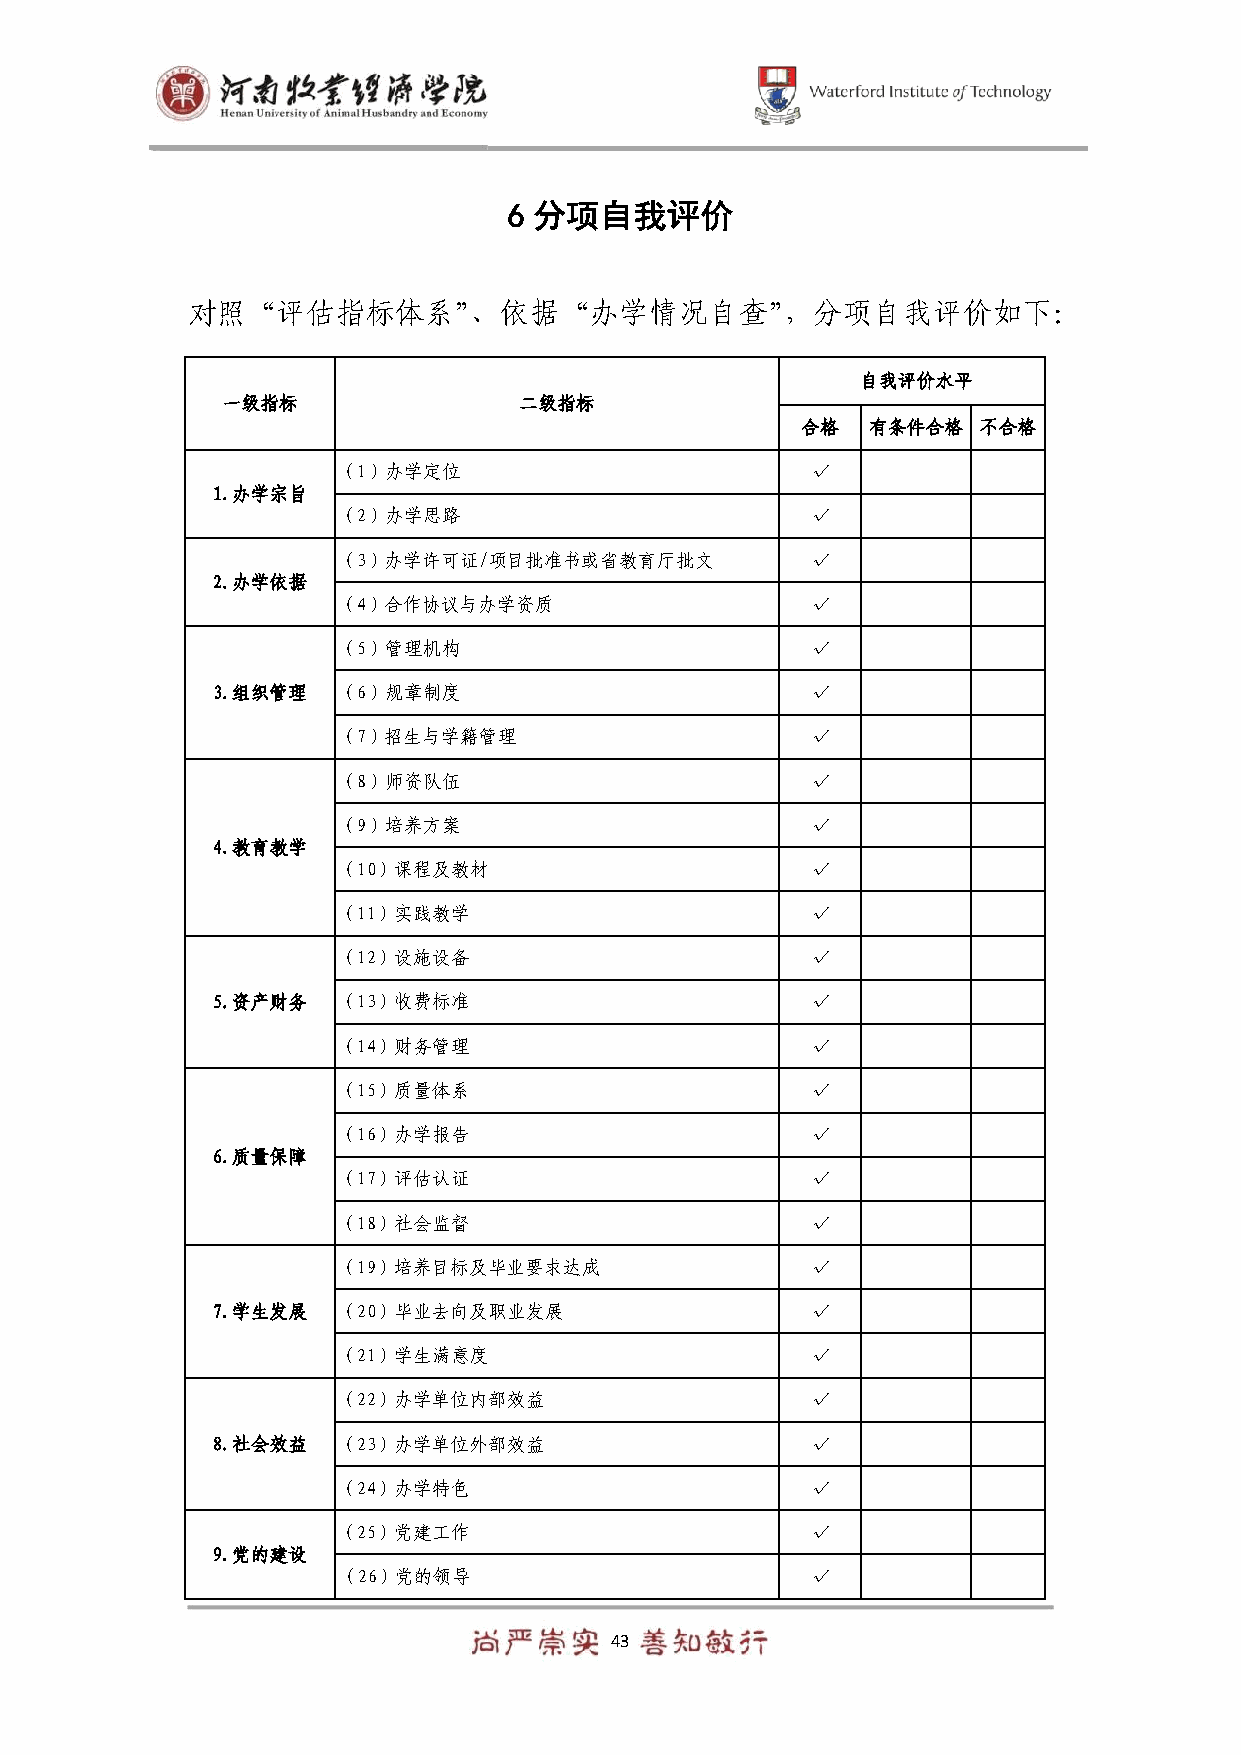
6 分项自我评价
 对照“评估指标体系”、依据“办学情况自查”，分项自我评价如下：
 自我评价水平
 一级指标               二级指标
 合格  有条件合格   不合格
 （1）办学定位                         √
 1.办学宗旨
 （2）办学思路                         √
 （3）办学许可证/项目批准书或省教育厅批文           √
 2.办学依据
 （4）合作协议与办学资质                    √
 （5）管理机构                         √
 3.组织管理  （6）规章制度                         √
 （7）招生与学籍管理                      √
 （8）师资队伍                         √
 （9）培养方案                         √
 4.教育教学
 （10）课程及教材                       √
 （11）实践教学                        √
 （12）设施设备                        √
 5.资产财务  （13）收费标准                        √
 （14）财务管理                        √
 （15）质量体系                        √
 （16）办学报告                        √
 6.质量保障
 （17）评估认证                        √
 （18）社会监督                        √
 （19）培养目标及毕业要求达成                 √
 7.学生发展  （20）毕业去向及职业发展                   √
 （21）学生满意度                       √
 （22）办学单位内部效益                    √
 8.社会效益  （23）办学单位外部效益                    √
 （24）办学特色                        √
 （25）党建工作                        √
 9.党的建设
 （26）党的领导                        √
 43